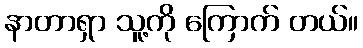
နာတာရှာ သူ့ကို ကြောက် တယ်။